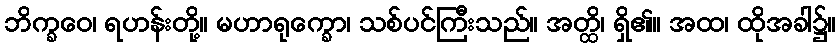
ဘိက္ခဝေ၊ ရဟန်းတို့။ မဟာရုက္ခော၊ သစ်ပင်ကြီးသည်။ အတ္ထိ၊ ရှိ၏။ အထ၊ ထိုအခါ၌။